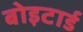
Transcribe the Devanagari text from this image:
बोइटार्ड